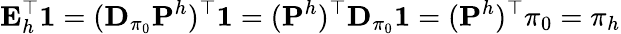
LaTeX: \textbf{E}_{h}^{\top}\textbf{1}=(\mathbf{D}_{\pi_{0}}\mathbf{P}^{h})^{\top}\textbf{1}=(\mathbf{P}^{h})^{\top}\mathbf{D}_{\pi_{0}}\textbf{1}=(\mathbf{P}^{h})^{\top}\pi_{0}=\pi_{h}